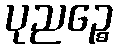
ပုညဉ္စေ